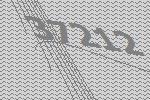
37212